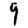
Digit: 9